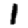
Digit: 1